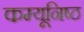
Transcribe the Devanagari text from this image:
कम्यूनिष्ठ